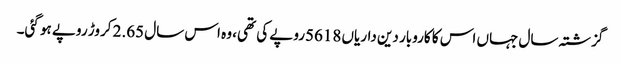
گزشتہ سال جہاں اس کا کاروبار دین داریاں 5618روپے کی تھی، وہ اس سال 2.65 کروڑ روپے ہو گئی۔